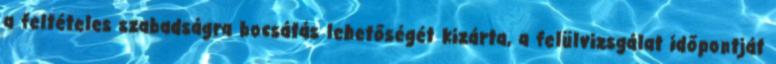
a feltételes szabadságra bocsátás lehetőségét kizárta, a felülvizsgálat időpontját